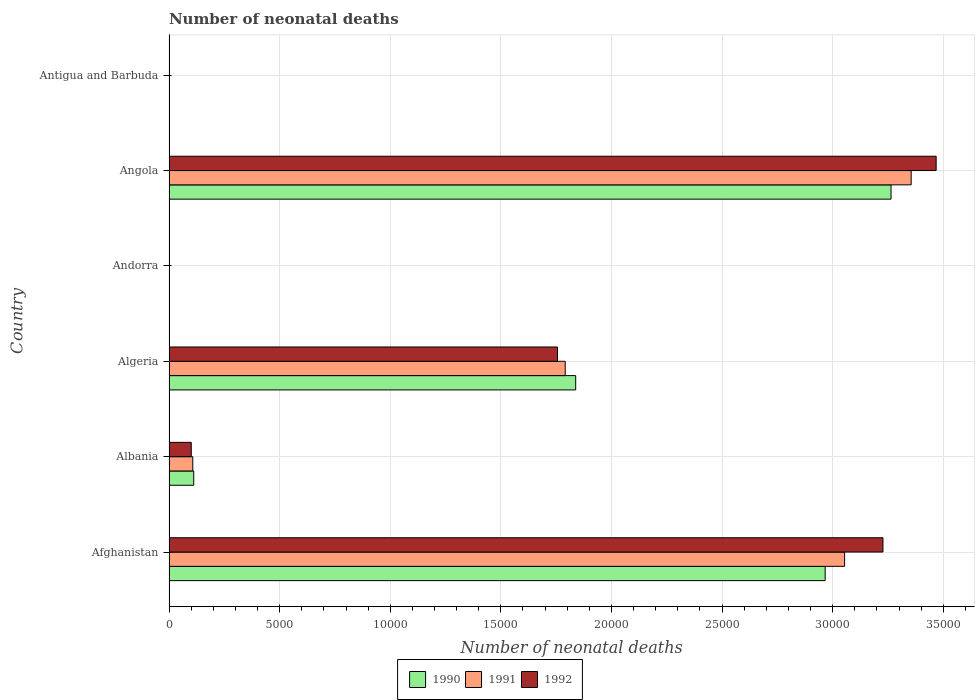
| Country | 1990 | 1991 | 1992 |
 | --- | --- | --- | --- |
 | Afghanistan | 2.97e+04 | 3.05e+04 | 3.23e+04 |
 | Albania | 1.12e+03 | 1.08e+03 | 1.01e+03 |
 | Algeria | 1.84e+04 | 1.79e+04 | 1.76e+04 |
 | Andorra | 2 | 2 | 2 |
 | Angola | 3.26e+04 | 3.35e+04 | 3.47e+04 |
 | Antigua and Barbuda | 16 | 15 | 14 |